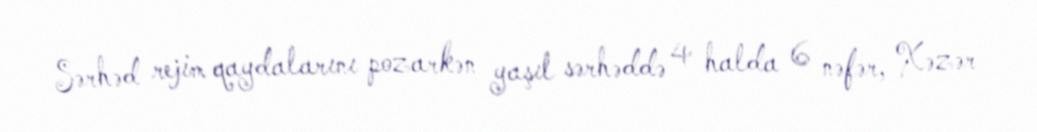
Sərhəd rejim qaydalarını pozarkən yaşıl sərhəddə 4 halda 6 nəfər, Xəzər